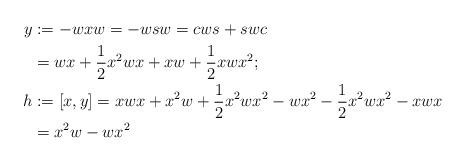
LaTeX: \begin{align*}y &:= -wxw = -wsw = cws + swc\\& = wx + \frac{1}{2}x^2 wx + xw + \frac{1}{2} xwx^2;\\h &:= [x, y] = xwx + x^2 w + \frac{1}{2}x^2wx^2 - wx^2 - \frac{1}{2}x^2wx^2 - xwx\\& = x^2 w - wx^2\end{align*}